Leaving Certificate Examination (including Day School Certificate (Higher) General paper), 1934
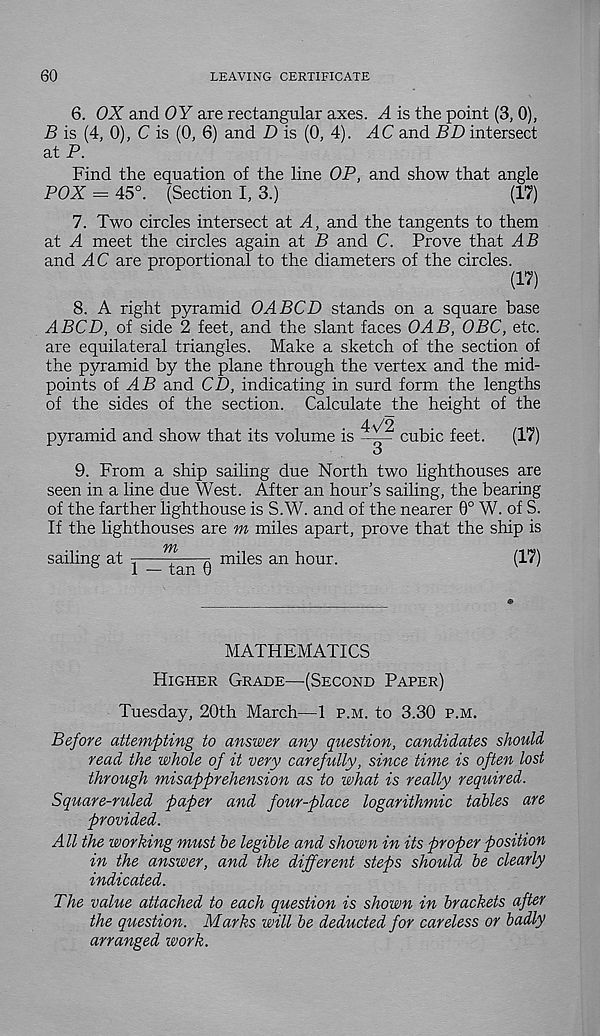
60
LEAVING CERTIFICATE
6. OX and OY are rectangular axes. A is the point (3, 0),
B is (4, 0), C is (0, 6) and D is (0, 4). AC and BD intersect
at P.
Find the equation of the line OP, and show that angle
POX = 45°. (Section I, 3.)
(17)
7. Two circles intersect at A, and the tangents to them
at A meet the circles again at B and C. Prove that AB
and AC are proportional to the diameters of the circles.
(17)
8. A right pyramid OABCD stands on a square base
ABCD, of side 2 feet, and the slant faces OAB, OBC, etc.
are equilateral triangles. Make a sketch of the section of
the pyramid by the plane through the vertex and the mid-
points of M-B and CD, indicating in surd form the lengths
of the sides of the section. Calculate the height of the
pyramid and show that its volume is
4V2
3
cubic feet.
(17)
9. From a ship sailing due North two lighthouses are
seen in a line due West. After an hour’s sailing, the bearing
of the farther lighthouse is S.W. and of the nearer 0° W. of S.
If the lighthouses are m miles apart, prove that the ship is
m
sailing at ^^ miles an hour.
(17)
MATHEMATICS
Higher Grade—(Second Paper)
Tuesday, 20th March—1 p.m. to 3.30 p.m.
Before attempting to answer any question, candidates should
read the whole of it very carefully, since time is often lost
through misapprehension as to what is really required.
Square-ruled paper and four-place logarithmic tables are
provided.
All the working must be legible and shown in its proper position
in the answer, and the different steps should be clearly
indicated.
The value attached to each question is shown in brackets after
the question. Marks will be deducted for careless or badly
arranged work.